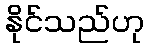
နိုင်သည်ဟု